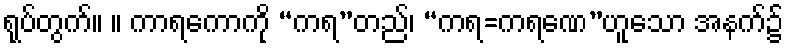
ရုပ်တွက်။ ။ ကာရကောကို “ကရ”တည်၊ “ကရ=ကရဏေ”ဟူသော အနက်၌